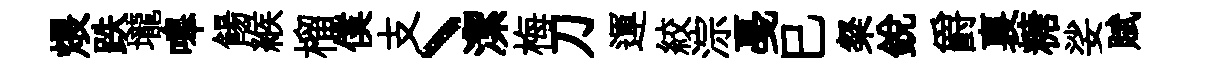
煨跌壠嗥餳緱榴僕支丶潔梅刀運絞淙戞巳粲銳爵裏糖娑賦